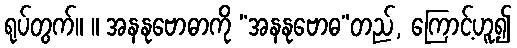
ရုပ်တွက်။ ။ အနနုဗောဓာကို “အနနုဗောဓ”တည်, ကြောင့်ဟူ၍